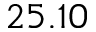
2 5 . 1 0